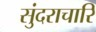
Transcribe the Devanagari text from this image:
सुंदराचारि